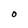
Character: O